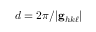
d = 2 \pi / | \mathbf { g } _ { h k \ell } |